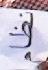
نظام